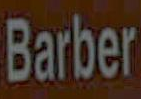
Barber